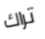
تراك